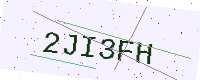
Text: 2JI3FH